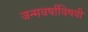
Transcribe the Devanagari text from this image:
जन्मवर्षाविषयी